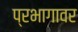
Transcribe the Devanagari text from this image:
प्रभागावर